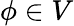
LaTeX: \phi\in V